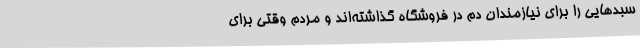
سبدهایی را برای نیازمندان دم در فروشگاه گذاشته‌اند و مردم وقتی برای